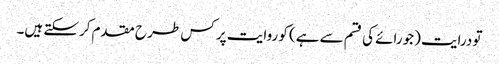
تو درایت (جورائے کی قسم سے ہے) کو روایت پر کس طر ح مقدم کرسکتے ہیں۔